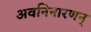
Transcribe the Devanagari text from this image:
अवनिनारणन्